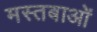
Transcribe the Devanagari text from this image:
मस्तबाओं